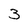
Character: 3